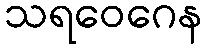
သရဝေဂေန